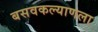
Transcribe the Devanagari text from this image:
बसवकल्याणला